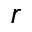
r